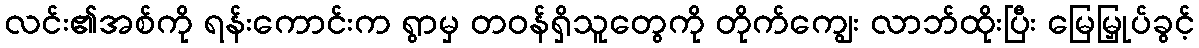
လင်း၏အစ်ကို ရန်းကောင်းက ရွာမှ တဝန်ရှိသူတွေကို တိုက်ကျွေး လာဘ်ထိုးပြီး မြေမြှုပ်ခွင့်